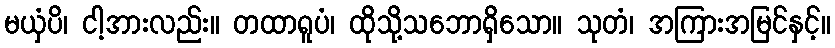
မယှံပိ၊ ငါ့အားလည်း။ တထာရူပံ၊ ထိုသို့သဘောရှိသော။ သုတံ၊ အကြားအမြင်နှင့်။